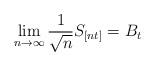
LaTeX: \begin{align*}\lim_{n \to \infty} \frac{1}{\sqrt{n}} S_{[nt]} = B_t\end{align*}